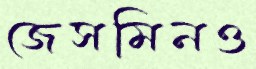
জেসমিনও